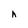
Character: h